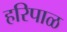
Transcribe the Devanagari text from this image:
हरिपाळ